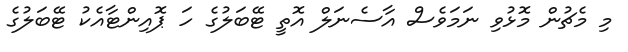
މި މެޗުން މޮޅުވި ނަމަވެސް އާސެނަލް އޮތީ ޓޭބަލުގެ ހަ ޕޮއިންޓާއެކު ޓޭބަލުގެ